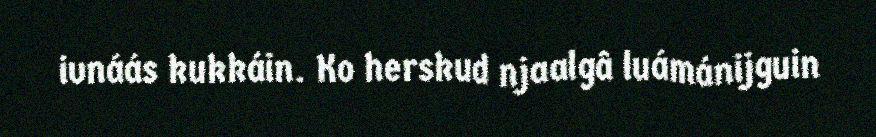
ivnáás kukkáin. Ko herskud njaalgâ luámánijguin